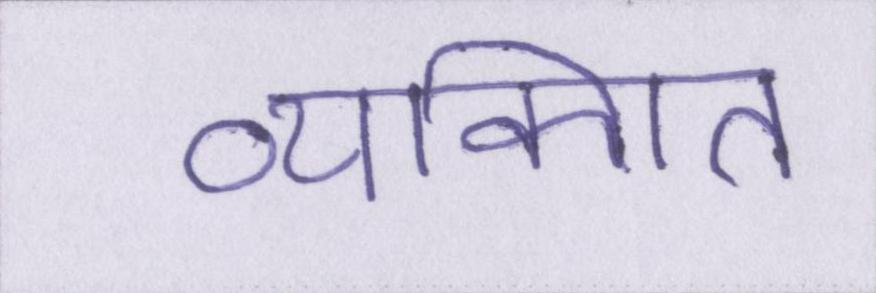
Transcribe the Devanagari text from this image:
व्यक्गित